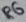
Text: R6